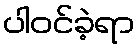
ပါဝင်ခဲ့ရာ